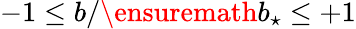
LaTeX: -1\leq b/\ensuremath{b_{\star}}\leq+1